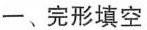
一、完形填空